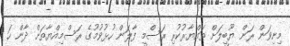
މިނިވަން ރަން ޔޫބީލަށް ތައްޔާރުކުރި ރަސްމީ ފާލަން ހުޅުވުމުގެ ރަސްމިއްޔާތަށް ދާން ހަ